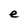
Character: e